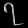
Digit: ၇